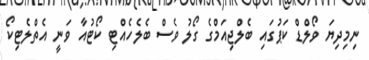
ނިމިދިޔަ ވޯލްޑް ކަޕުގައި ބެލްޖިއަމްގެ ގޯލު ވެސް ބެލެހެއްޓި ކޯޓުއާ ވަނީ އެތްލެޓިކޯ